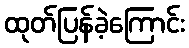
ထုတ်ပြန်ခဲ့ကြောင်း